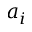
a _ { i }